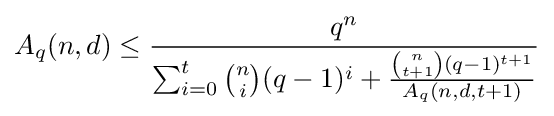
A_{q}(n,d)\leq {\frac {q^{n}}{\sum _{i=0}^{t}{n \choose i}(q-1)^{i}+{\frac {{n \choose t+1}(q-1)^{t+1}}{A_{q}(n,d,t+1)}}}}